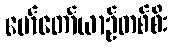
မော်တော်ယာဉ်တစ်စီး